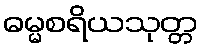
ဓမ္မစရိယသုတ္တ